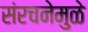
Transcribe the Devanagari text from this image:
संरचनेमुळे